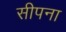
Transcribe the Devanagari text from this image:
सीपना